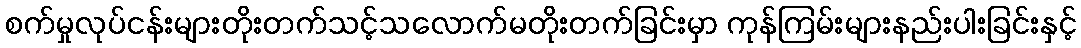
စက်မှုလုပ်ငန်းများတိုးတက်သင့်သလောက်မတိုးတက်ခြင်းမှာ ကုန်ကြမ်းများနည်းပါးခြင်းနှင့်